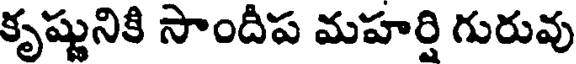
కృష్ణునికి సాందీప మహర్షి గురువు